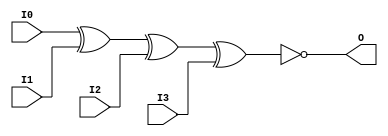
module XNOR4 (O, I0, I1, I2, I3);

    output O;

    input  I0, I1, I2, I3;

	xnor X1 (O, I0, I1, I2, I3);


endmodule